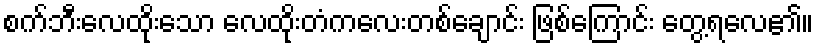
စက်ဘီးလေထိုးသော လေထိုးတံကလေးတစ်ချောင်း ဖြစ်ကြောင်း တွေ့ရလေ၏။